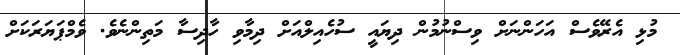
މުޅި އެރޭވެސް އަހަންނަށް ވިސްނުމުން ދިޔައީ ސުހެއިލްއަށް ދިމާވި ހާދިސާ މަތިންނެވެ. ވެމްޕަޔަރަކަށް